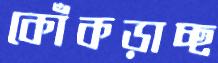
কোঁকড়াচ্ছ